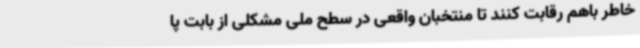
خاطر باهم رقابت کنند تا منتخبان واقعی در سطح ملی مشکلی از بابت پا